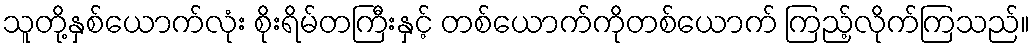
သူတို့နှစ်ယောက်လုံး စိုးရိမ်တကြီးနှင့် တစ်ယောက်ကိုတစ်ယောက် ကြည့်လိုက်ကြသည်။